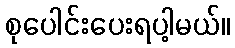
စုပေါင်းပေးရပါ့မယ်။